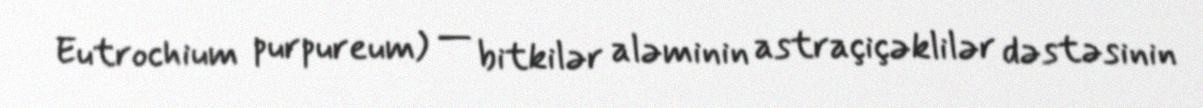
Eutrochium purpureum) — bitkilər aləminin astraçiçəklilər dəstəsinin